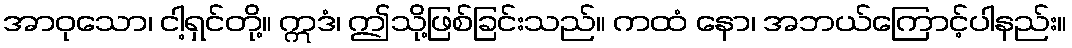
အာဝုသော၊ ငါ့ရှင်တို့။ ဣဒံ၊ ဤသို့ဖြစ်ခြင်းသည်။ ကထံ နော၊ အဘယ်ကြောင့်ပါနည်း။